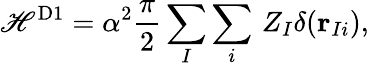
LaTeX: \mathscr{H}^{\mathrm{{D1}}}=\alpha^{2}\frac{{\pi}}{{2}}\sum_{I}\sum_{i}\, Z_{I}\delta(\mathbf{{r}}_{Ii}),